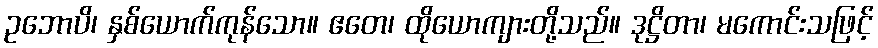
ဥဘောပိ၊ နှစ်ယောက်ကုန်သော။ ဧတေ၊ ထိုယောကျားတို့သည်။ ဒုဋ္ဌိတာ၊ မကောင်းသဖြင့်